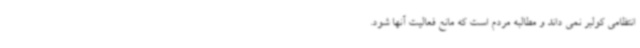
انتظامی کولبر نمی داند و مطالبه مردم است که مانع فعالیت آنها شود.